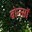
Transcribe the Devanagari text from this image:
बोनसॉ